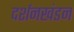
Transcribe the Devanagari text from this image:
दर्शनखंडन